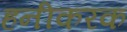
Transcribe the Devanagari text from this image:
हनीकरक